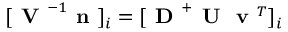
[ \textbf { V } ^ { - 1 } \textbf { n } ] _ { i } = [ \textbf { D } ^ { + } \textbf { U } \textbf { v } ^ { T } ] _ { i }